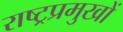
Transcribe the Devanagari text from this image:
राष्ट्रप्रमुखों